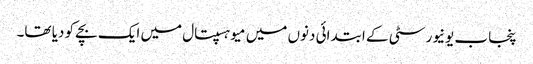
پنجاب یونیورسٹی کے ابتدائی دنوں میں میو ہسپتال میں ایک بچے کو دیا تھا۔